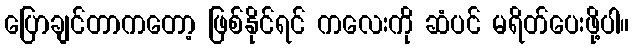
ပြောချင်တာကတော့ ဖြစ်နိုင်ရင် ကလေးကို ဆံပင် မရိတ်ပေးဖို့ပါ။